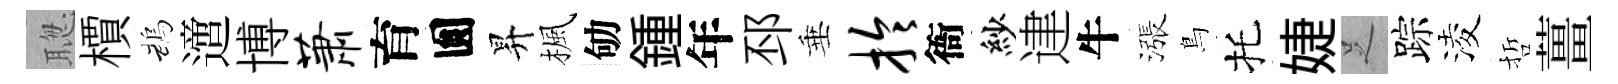
聦檟鵡𨗁博萧育圎昇楓劬鍾年邳垂拎衙紗䢖牛漲鳥托婕𠯁踪淩哲薑